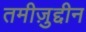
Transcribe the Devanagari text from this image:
तमीज़ुद्दीन